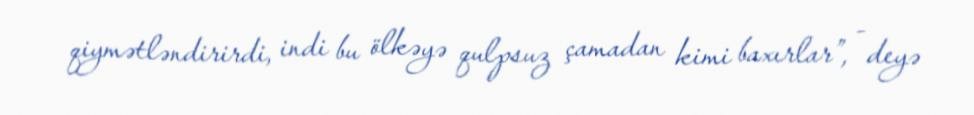
qiymətləndirirdi, indi bu ölkəyə qulpsuz çamadan kimi baxırlar”, - deyə